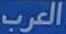
العرب